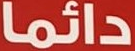
دائما